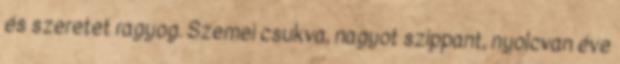
és szeretet ragyog. Szemei csukva, nagyot szippant, nyolcvan éve